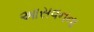
આસવનના